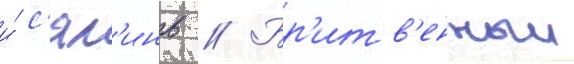
и́ с'ял'инь // Бр'итв'енныи